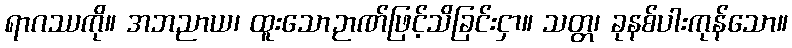
ရာဂဿကို။ အဘညာယ၊ ထူးသောဉာဏ်ဖြင့်သိခြင်းငှာ။ သတ္တ၊ ခုနစ်ပါးကုန်သော။